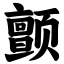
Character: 颤